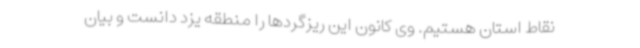
نقاط استان هستیم. وی کانون این ریزگردها را منطقه یزد دانست و بیان